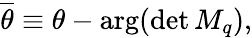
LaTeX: \overline{{{\theta}}}\equiv\theta-\mathrm{arg}(\operatorname*{det}M_{q}),